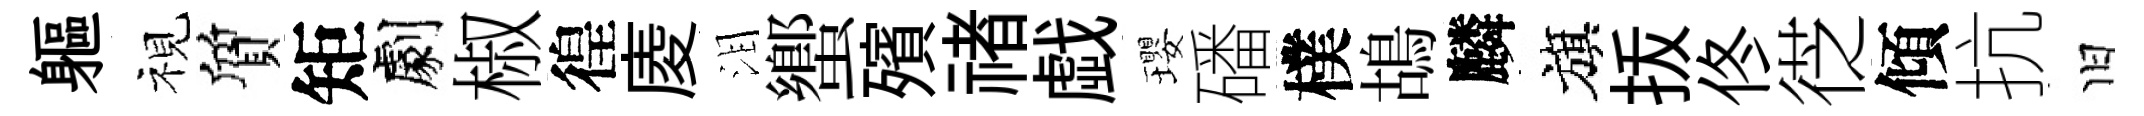
軀視質矩劇椒徨庱泪蠁殯禇戯瓔磻樸鴣麟旗㧞佟徔傾抗旧